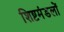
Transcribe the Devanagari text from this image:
शिष्टमंडलों